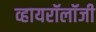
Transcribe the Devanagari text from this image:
व्हायरॉलॉजी